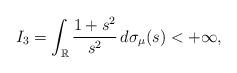
LaTeX: \begin{align*}I_{3}=\int_{\mathbb{R}}\frac{1+s^{2}}{s^{2}}\,d\sigma_{\mu}(s)<+\infty,\end{align*}